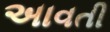
અાવતી